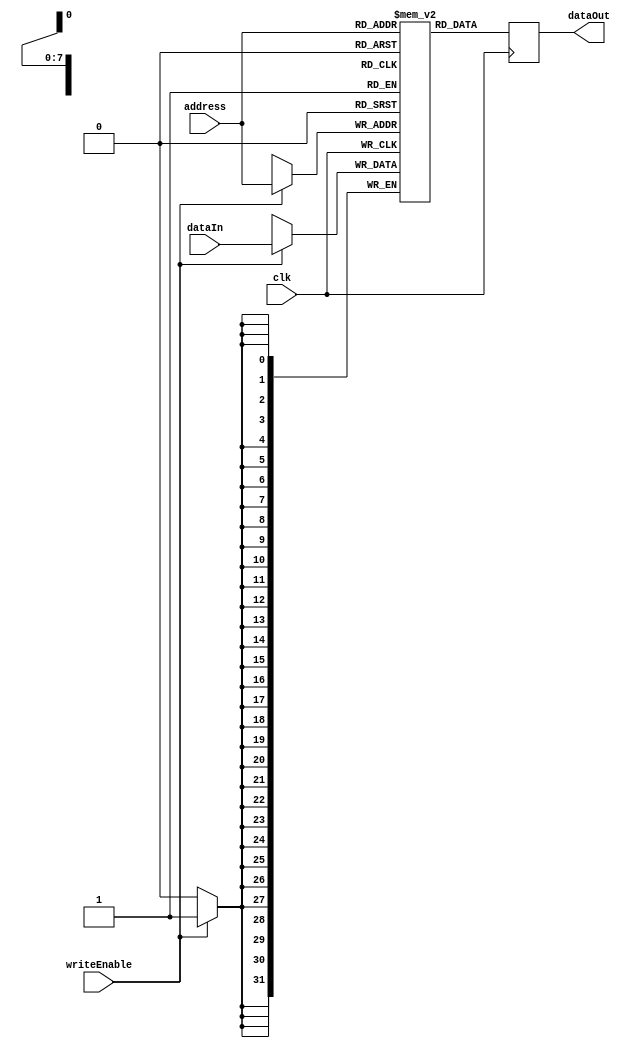
//------------------------------------------------------------------------
// Data Memory
//   Positive edge triggered
//   dataOut always has the value mem[address]
//   If writeEnable is true, writes dataIn to mem[address]
//------------------------------------------------------------------------

module datamemory
#(
    parameter addresswidth  = 8,
    parameter depth         = 2**addresswidth,
    parameter width         = 32
)
(
    input 		                clk,
    output reg [width-1:0]      dataOut,
    input [addresswidth-1:0]    address,
    input                       writeEnable,
    input [width-1:0]           dataIn
);


    reg [width-1:0] memory [depth-1:0];

    always @(posedge clk) begin
        if(writeEnable)
            memory[address] <= dataIn;
        dataOut <= memory[address];
    end

endmodule